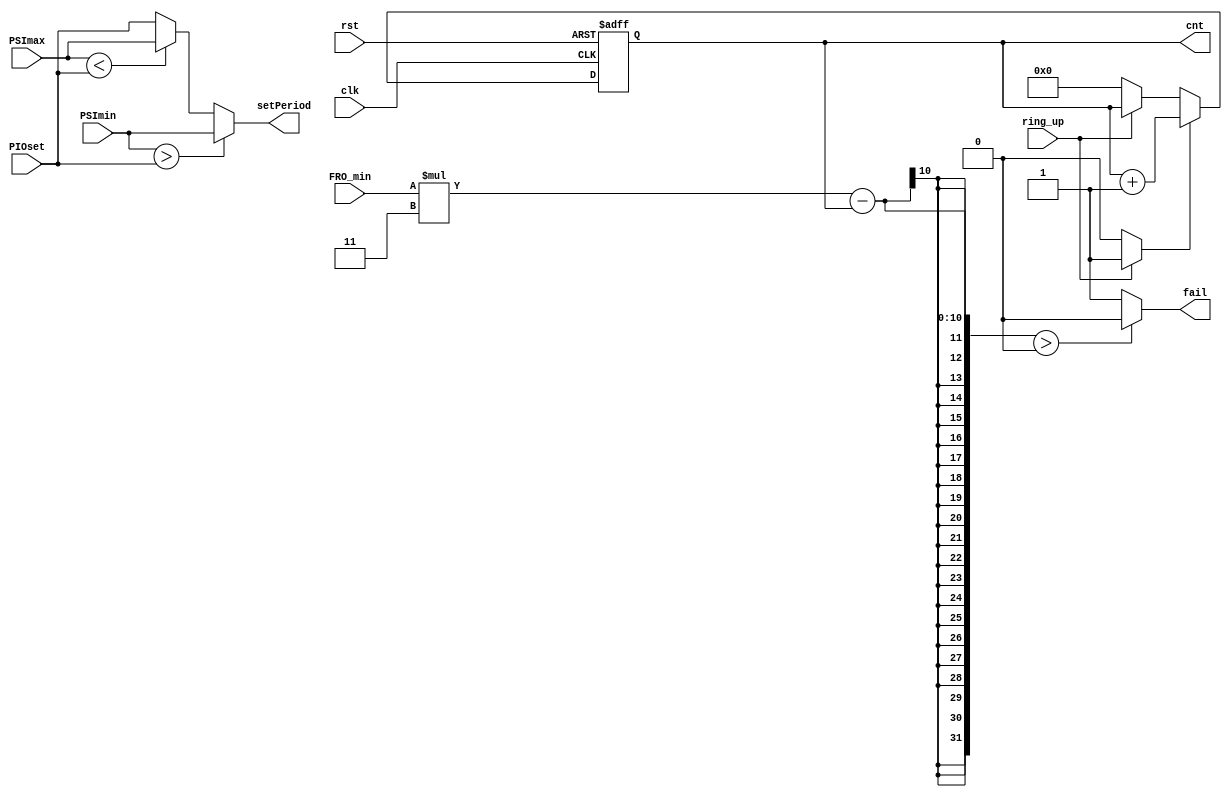
`timescale 1ps/1ps
module clock_monitor (input clk,rst,input ring_up, input [7:0]PSImin,PSImax,PIOset,FRO_min,
	 output[7:0] setPeriod ,output fail,output reg [7:0] cnt );

reg [7:0] count;
//reg [7:0] cnt;
reg up;
reg init;

always@(ring_up)begin
up = 1'b0;
init = 1'b0;
	if(ring_up == 1'b1)
		up = 1'b1;
	else
		init = 1'b1;
end


always@(posedge clk, posedge rst)begin
	if(rst)
		cnt <= 8'b0;
	else
		begin
			if(up)
				cnt <= cnt + 8'b00000001;
			else if(init)
				cnt <= 8'b0;
		end
	
end

assign setPeriod = (PSImin > PIOset) ? PSImin : (PSImax < PIOset) ? PSImax : PIOset; 

assign fail = ( FRO_min*3 -  cnt > 8'b00000000) ? 1'b0 : 1'b1;

endmodule